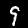
Digit: 9